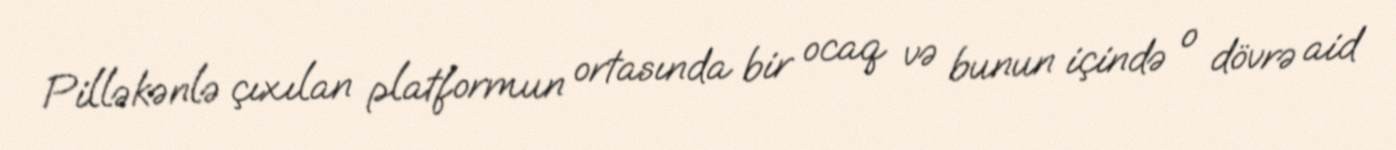
Pilləkənlə çıxılan platformun ortasında bir ocaq və bunun içində o dövrə aid